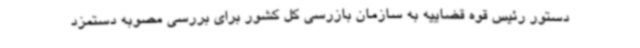
دستور رئیس قوه قضاییه به سازمان بازرسی کل کشور برای بررسی مصوبه دستمزد